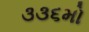
૩૩૬મો